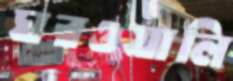
ঘরওয়ালি